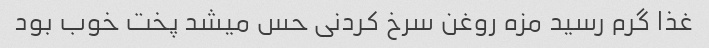
غذا گرم رسید مزه روغن سرخ کردنی حس میشد پخت خوب بود